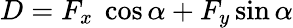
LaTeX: D=F_{x}\ \cos\alpha+F_{y}\sin\alpha